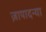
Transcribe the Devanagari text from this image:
ज़ापादन्या